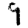
Digit: 9